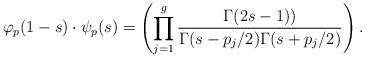
LaTeX: \begin{align*}\varphi_p(1-s)\cdot\psi_p(s)=\left(\prod_{j=1}^g\frac{\Gamma(2s-1))}{\Gamma(s-p_j/2)\Gamma(s+p_j/2)}\right).\end{align*}